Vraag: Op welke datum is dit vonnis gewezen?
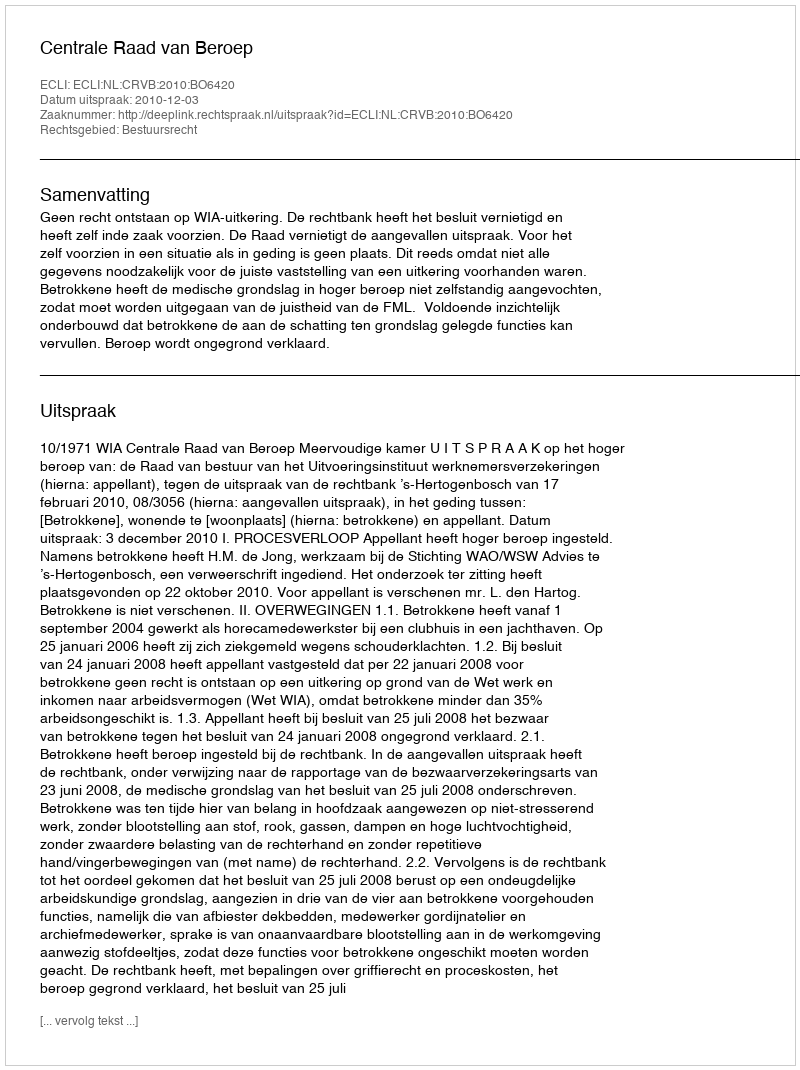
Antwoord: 2010-12-03